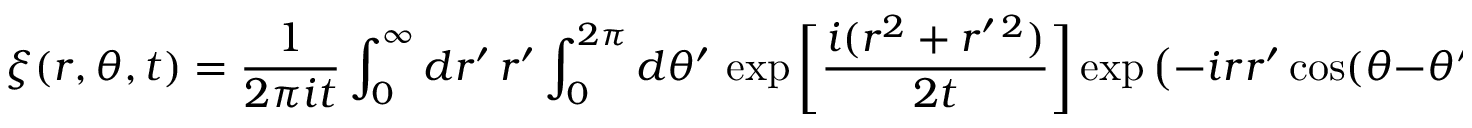
\xi ( r , \theta , t ) = \frac { 1 } { 2 \pi i t } \int _ { 0 } ^ { \infty } d r ^ { \prime } \, r ^ { \prime } \int _ { 0 } ^ { 2 \pi } d \theta ^ { \prime } \, \exp \bigg [ \frac { i ( r ^ { 2 } + r ^ { \prime \, 2 } ) } { 2 t } \bigg ] \exp \big ( - i r r ^ { \prime } \cos ( \theta - \theta ^ { \prime } ) / t \big ) \, \xi ( r ^ { \prime } , \theta ^ { \prime } , 0 )